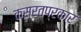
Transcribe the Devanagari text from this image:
कसरतप्रकार